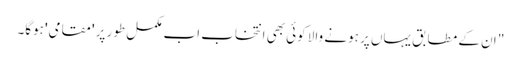
" ان کے مطابق یہاں پر ہونے والا کوئی بھی انتخاب اب مکمل طور پر 'مقامی' ہوگا۔